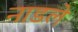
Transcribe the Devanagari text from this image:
नाडले